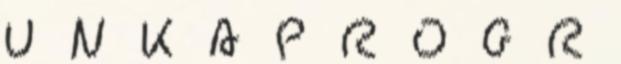
U N K A P R O G R